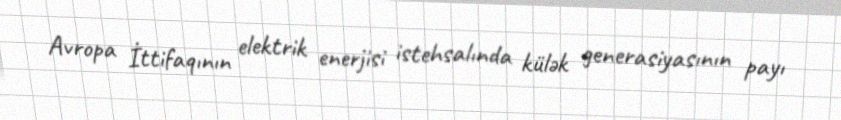
Avropa İttifaqının elektrik enerjisi istehsalında külək generasiyasının payı